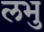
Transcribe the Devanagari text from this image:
लभु